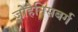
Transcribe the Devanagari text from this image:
जोहैनिसबर्ग